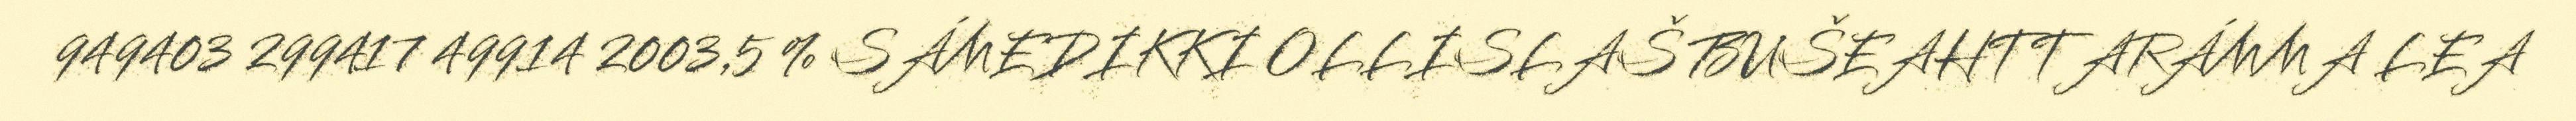
949403 299417 49914 2003,5 % SÁMEDIKKI OLLISLAŠ BUŠEAHTTARÁMMA LEA